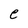
Character: e